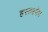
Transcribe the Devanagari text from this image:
हस्तक्ष्पेप